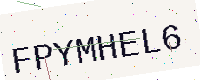
Text: FPYMHEL6